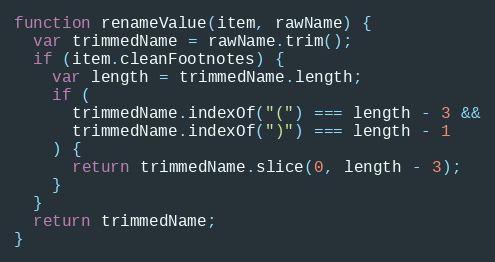
Language: JavaScript
function renameValue(item, rawName) {
  var trimmedName = rawName.trim();
  if (item.cleanFootnotes) {
    var length = trimmedName.length;
    if (
      trimmedName.indexOf("(") === length - 3 &&
      trimmedName.indexOf(")") === length - 1
    ) {
      return trimmedName.slice(0, length - 3);
    }
  }
  return trimmedName;
}